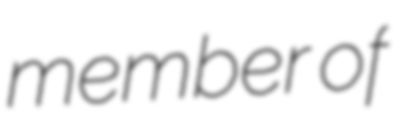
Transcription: member of